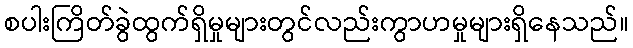
စပါးကြိတ်ခွဲထွက်ရှိမှုများတွင်လည်းကွာဟမှုများရှိနေသည်။